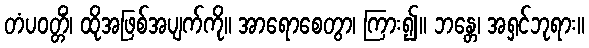
တံပဝတ္တိံ၊ ထိုအဖြစ်အပျက်ကို။ အာရောစေတွာ၊ ကြား၍။ ဘန္တေ၊ အရှင်ဘုရား။